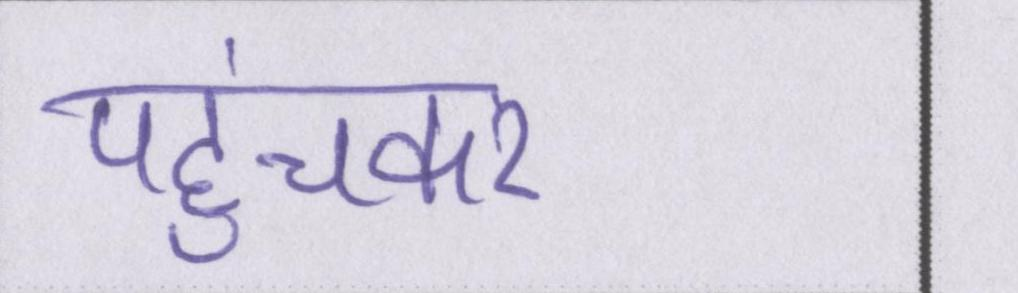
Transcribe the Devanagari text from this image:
पहुंचकर